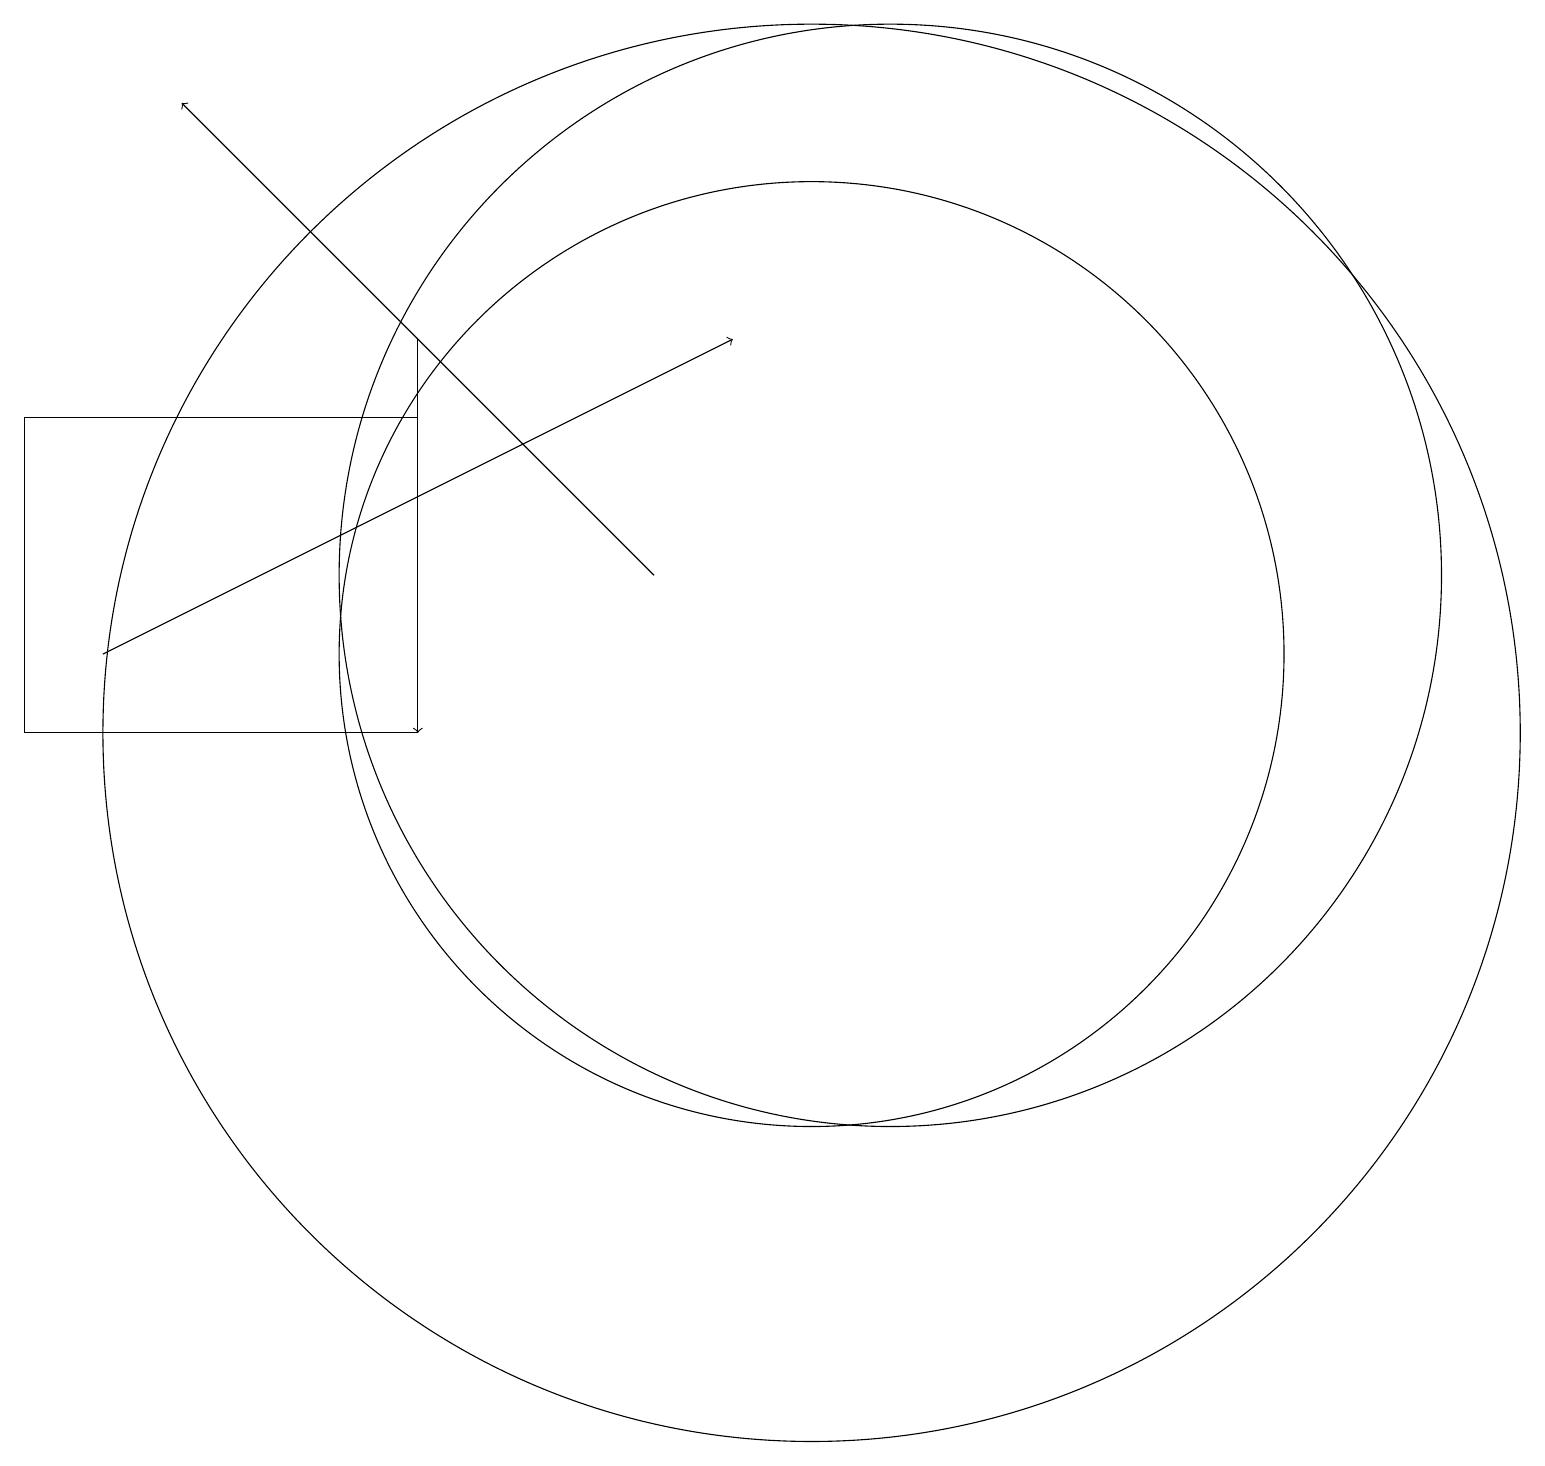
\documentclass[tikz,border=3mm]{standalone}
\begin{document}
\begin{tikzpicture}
\draw[->] (8,12) -- (2,18);
\draw (10,11) circle (6);
\draw (0,10) rectangle (5,14);
\draw (11,12) circle (7);
\draw[->] (1,11) -- (9,15);
\draw (10,10) circle (9);
\draw[->] (5,15) -- (5,10);
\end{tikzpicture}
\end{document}